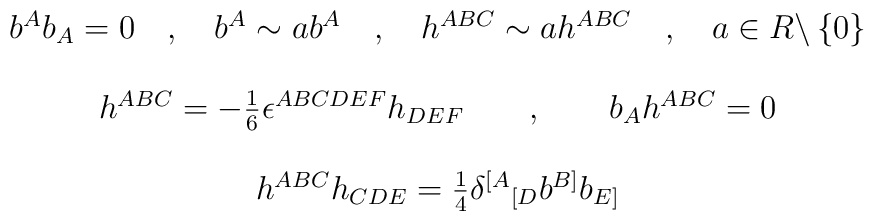
\begin{array}{c}b^Ab_A=0\quad ,\quad b^A\sim ab^A\quad ,\quad h^{ABC}\sim ah^{ABC}\quad,\quad a\in R\backslash \left\{ 0\right\} \\\\h^{ABC}=-\frac 16\epsilon ^{ABCDEF}h_{DEF}\qquad ,\qquad b_Ah^{ABC}=0 \\\\h^{ABC}h_{CDE}=\frac 14\delta ^{[A}{}_{[D}b^{B]}b_{E]}\end{array}